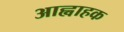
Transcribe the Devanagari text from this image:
आह्वाहक